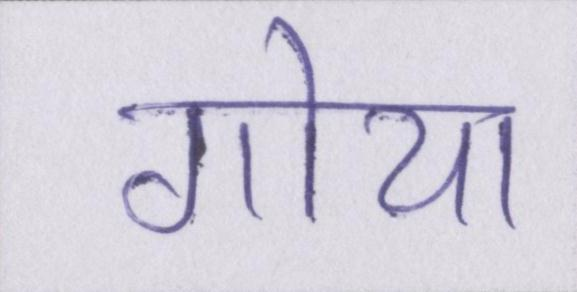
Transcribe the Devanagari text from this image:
गोया